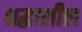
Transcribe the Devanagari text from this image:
श्रद्धाशील